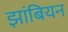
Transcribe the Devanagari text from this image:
झांबियन